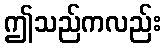
ဤသည်ကလည်း